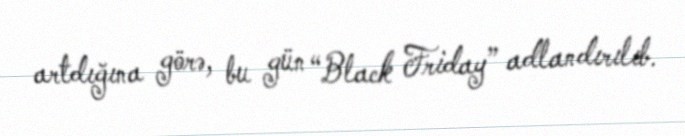
artdığına görə, bu gün “Black Friday” adlandırılıb.